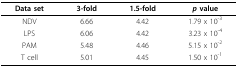
| Data set | 3-fold | 1.5-fold | p value |
 | --- | --- | --- | --- |
 | NDV | 6.66 | 4.42 | 1.79 x 10-3 |
 | LPS | 6.06 | 4.42 | 3.23 x 10-4 |
 | PAM | 5.48 | 4.46 | 5.15 x 10-2 |
 | T cell | 5.01 | 4.45 | 1.50 x 10-1 |